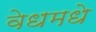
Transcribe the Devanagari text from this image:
वेधमधे